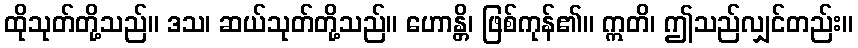
ထိုသုတ်တို့သည်။ ဒသ၊ ဆယ်သုတ်တို့သည်။ ဟောန္တိ၊ ဖြစ်ကုန်၏။ ဣတိ၊ ဤသည်လျှင်တည်း။